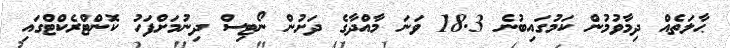
ޙާލަތެއް ދިމާވުމުން ކަމުގައިބުނެ 18.3 ވަނަ މާއްދާގެ ދަށުން ނޯޓިސް ދިނުމަށްފަހު ކޮންޓްރެކްޓްގައި